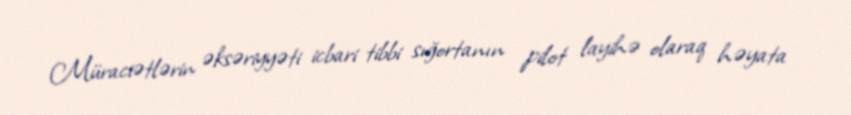
Müraciətlərin əksəriyyəti icbari tibbi sığortanın pilot layihə olaraq həyata